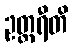
ဥတ္တရီတိ